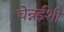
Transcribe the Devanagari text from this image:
चेन्नईशी